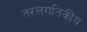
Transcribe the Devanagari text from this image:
तरलगतिकीय